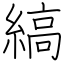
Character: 縞